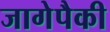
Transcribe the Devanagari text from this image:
जागेपैकी